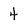
Character: 4